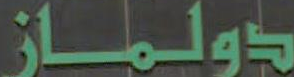
دولماز